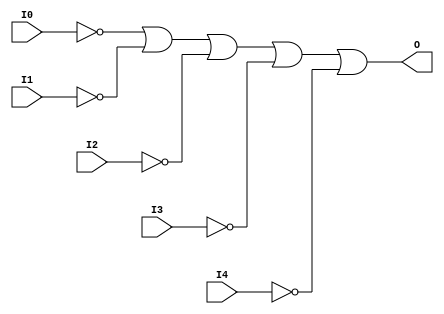
// $Header: /devl/xcs/repo/env/Databases/CAEInterfaces/verunilibs/s/OR5B5.v,v 1.8.22.1 2003/11/18 20:41:39 wloo Exp $

/*

FUNCTION	: 5-INPUT OR GATE

*/

`timescale  100 ps / 10 ps


module OR5B5 (O, I0, I1, I2, I3, I4);

    output O;

    input  I0, I1, I2, I3, I4;

    not N4 (i4_inv, I4);
    not N3 (i3_inv, I3);
    not N2 (i2_inv, I2);
    not N1 (i1_inv, I1);
    not N0 (i0_inv, I0);
    or O1 (O, i0_inv, i1_inv, i2_inv, i3_inv, i4_inv);

    specify
	(I0 *> O) = (0, 0);
	(I1 *> O) = (0, 0);
	(I2 *> O) = (0, 0);
	(I3 *> O) = (0, 0);
	(I4 *> O) = (0, 0);
    endspecify

endmodule